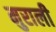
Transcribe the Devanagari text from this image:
मुराली